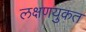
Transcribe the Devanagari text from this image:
लक्षणयुकत